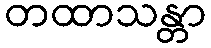
တထာသန္တာ